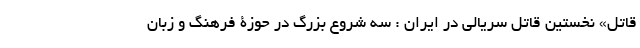
قاتل» نخستین قاتل سریالی در ایران : سه شروع بزرگ در حوزۀ فرهنگ و زبان